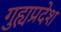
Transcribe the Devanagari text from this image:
गुह्यप्रदेश